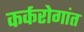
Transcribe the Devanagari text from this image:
कर्करोगांत